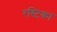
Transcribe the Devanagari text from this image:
रस्टिका